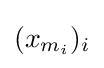
(x_{m_{i}})_{i}